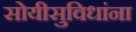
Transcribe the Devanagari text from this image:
सोयीसुविधांना